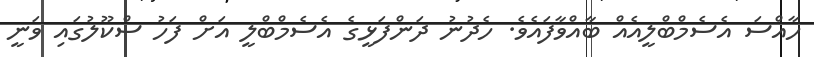
ހާއްސަ އެސެމްބްލީއެއް ބާއްވާފައެވެ. ހެދުނު ދަންފަޅީގެ އެސެމްބްލީ އަށް ފަހު ސްކޫލުގައި ވަނީ